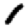
Digit: 1